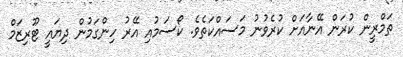
ތަމްރީން ކުރަން އޭނާއަށް ކުރެވުނު މަސައްކަތެވެ. ކޯސަމުއި އޭރު ހިންގަމުން ދިޔައީ ޓޫރިޒަމް